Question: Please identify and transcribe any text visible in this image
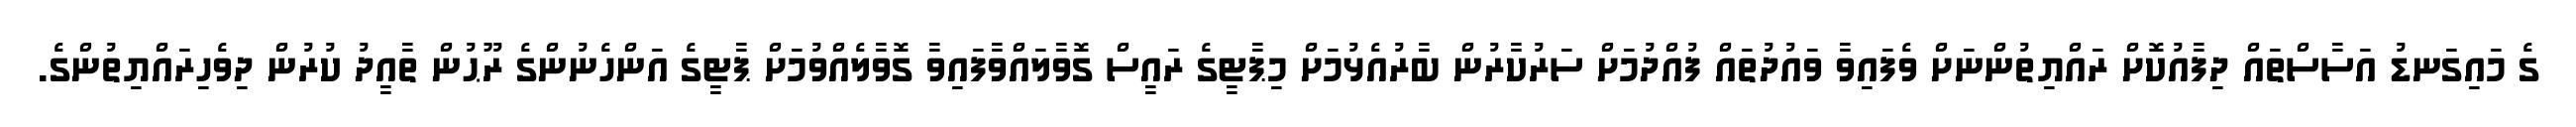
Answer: ގެ މައިގަނޑު އަސާސްތައް ދިފާއުކޮށް ރައްޔިތުންނަށް ވެފައިވާ ވައުދުތައް ފުއްދުމަށް ސަރުކާރުން ބާރުއެޅުމަށް މިޕާޓީގެ ރައީސް ގޮވާލައްވާފައިވާ ގޮވާލެއްވުމަށް ޕާޓީގެ އަންހެނުންގެ ރޫޙުން ތާއީދު ކުރުން ދިވެހިރައްޔިތުންގެ.